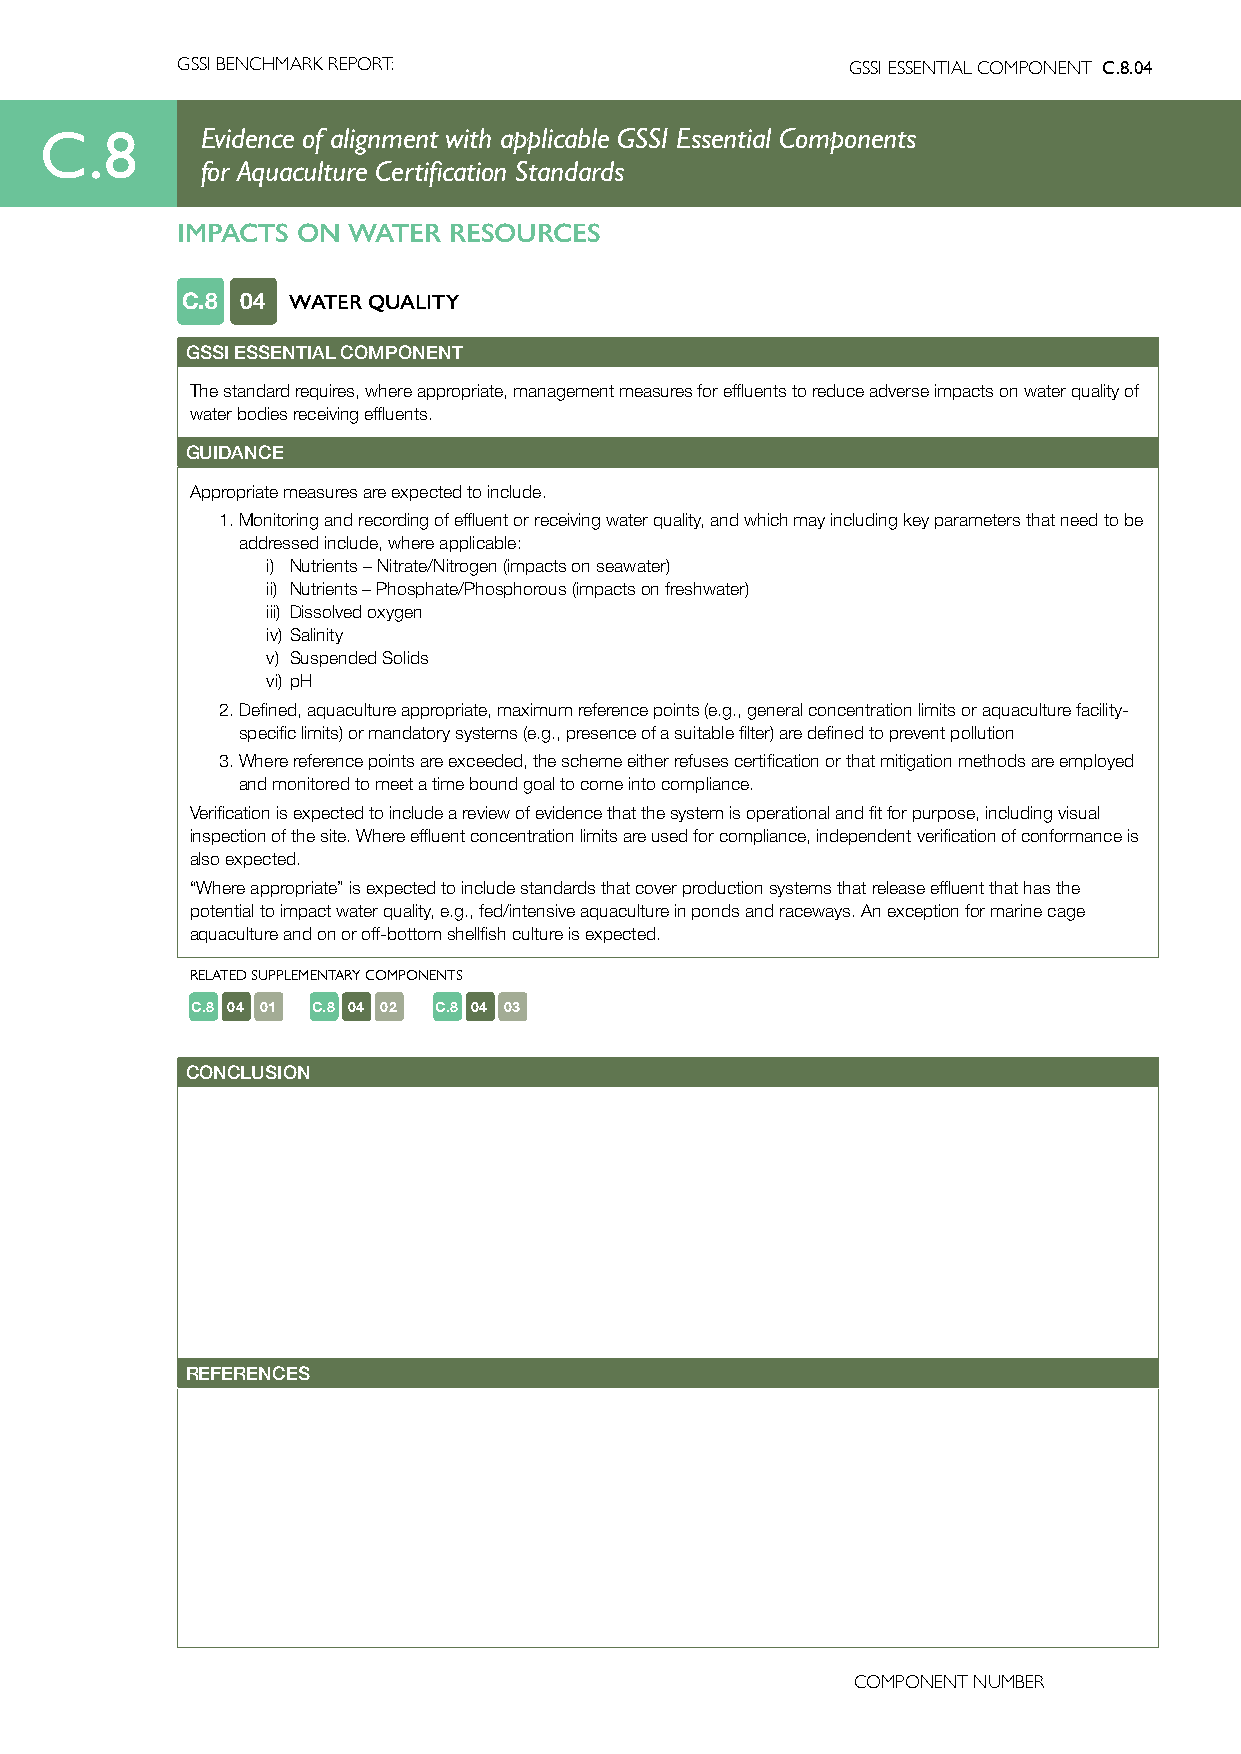
GSSI BENCHMARK REPORT:                      GSSI ESSENTIAL COMPONENT C.8.04
 C.8       Evidence of alignment with applicable GSSI Essential Components
 for Aquaculture Certification Standards
 IMPACTS ON WATER  RESOURCES
 C.8 04 WATER QUALITY
 GSSI ESSENTIAL COMPONENT
 The standard requires, where appropriate, management measures for effluents to reduce adverse impacts on water quality of
 water bodies receiving effluents.
 GUIDANCE
 Appropriate measures are expected to include.
 1. Monitoring and recording of effluent or receiving water quality, and which may including key parameters that need to be
 addressed include, where applicable:
 i) Nutrients – Nitrate/Nitrogen (impacts on seawater)
 ii) Nutrients – Phosphate/Phosphorous (impacts on freshwater)
 iii) Dissolved oxygen
 iv) Salinity
 v) Suspended Solids
 vi) pH
 2. Defined, aquaculture appropriate, maximum reference points (e.g., general concentration limits or aquaculture facility-
 specific limits) or mandatory systems (e.g., presence of a suitable filter) are defined to prevent pollution
 3. Where reference points are exceeded, the scheme either refuses certification or that mitigation methods are employed
 and monitored to meet a time bound goal to come into compliance.
 Verification is expected to include a review of evidence that the system is operational and fit for purpose, including visual
 inspection of the site. Where effluent concentration limits are used for compliance, independent verification of conformance is
 also expected.
 “Where appropriate” is expected to include standards that cover production systems that release effluent that has the
 potential to impact water quality, e.g., fed/intensive aquaculture in ponds and raceways. An exception for marine cage
 aquaculture and on or off-bottom shellfish culture is expected.
 RELATED SUPPLEMENTARY COMPONENTS
 C.8 04 01 C.8 04 02 C.8 04 03
 CONCLUSION
 REFERENCES
 COMPONENT NUMBER